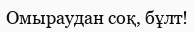
Омыраудан соқ, бұлт!